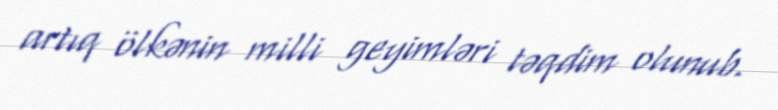
artıq ölkənin milli geyimləri təqdim olunub.